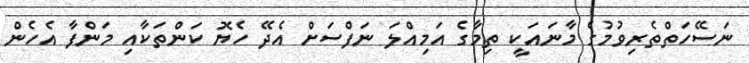
ނަސޭހަތްތެރިވުމުގެ މާނައަކީ ތިމާގެ އަމިއްލަ ނަފްސަށް އެދޭ ހެޔޮ ކަންތަކާއި މަންފާ އެހެން